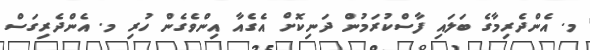
މ. އެންދެރިމާގެ ބަލައި ފާސްކުރަމުން ދަނިކޮށް އެގެއާ އިންވެގެން ހުރި މ. އެންދެރިގަސް